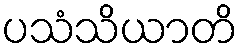
ပသံသိယာတိ